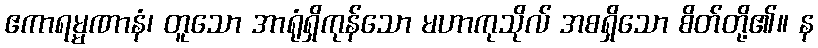
ဧကာရမ္မဏာနံ၊ တူသော အာရုံရှိကုန်သော မဟာကုသိုလ် အစရှိသော စိတ်တို့၏။ န